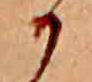
か